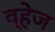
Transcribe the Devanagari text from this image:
व्हेज